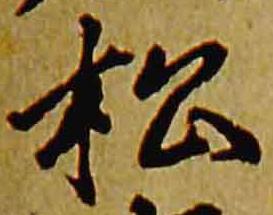
松